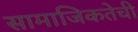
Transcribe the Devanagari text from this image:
सामाजिकतेची